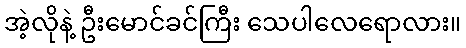
အဲ့လိုနဲ့ ဦးမောင်ခင်ကြီး သေပါလေရောလား။